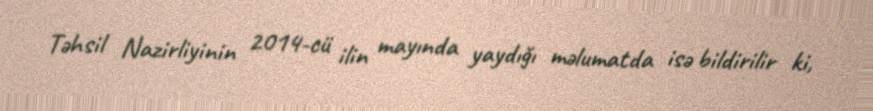
Təhsil Nazirliyinin 2014-cü ilin mayında yaydığı məlumatda isə bildirilir ki,